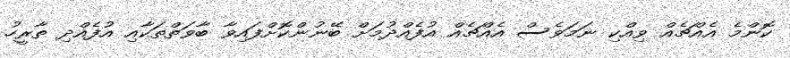
ކޮންމެ އެއްޗެއް ވިއްކި ނަމަވެސް އެއްޗެއް އުފެއްދުމަށް ބޭނުންކޮށްފައިވާ ބާވަތްތަކާއި އުފެއްދި ތާރީހު